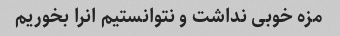
مزه خوبی نداشت و نتوانستیم انرا بخوریم